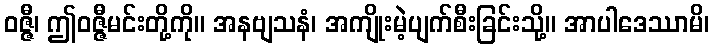
ဝဇ္ဇီ၊ ဤဝဇ္ဇီမင်းတို့ကို။ အနဗျသနံ၊ အကျိုးမဲ့ပျက်စီးခြင်းသို့။ အာပါဒေဿာမိ၊